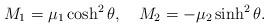
LaTeX: \begin{align*}M_1=\mu_1 \cosh^2\theta,\quad M_2=-\mu_2 \sinh^2\theta.\end{align*}